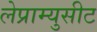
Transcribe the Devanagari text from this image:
लेप्राम्युसीट